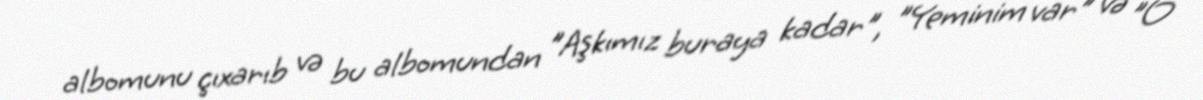
albomunu çıxarıb və bu albomundan "Aşkımız buraya kadar", "Yeminim var" və "O